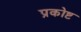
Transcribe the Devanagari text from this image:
प्रकोष्ट